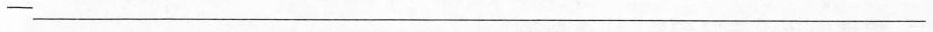
-____